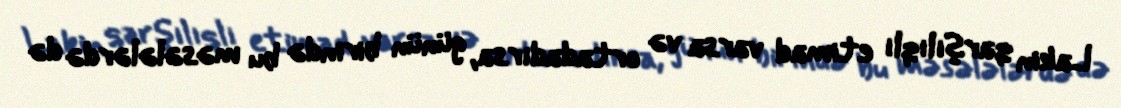
Lakin qarşılıqlı etimad varsa və ortadadırsa, günün birində bu məsələlərdə də